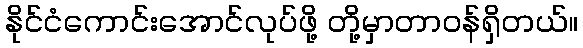
နိုင်ငံကောင်းအောင်လုပ်ဖို့ တို့မှာတာဝန်ရှိတယ်။